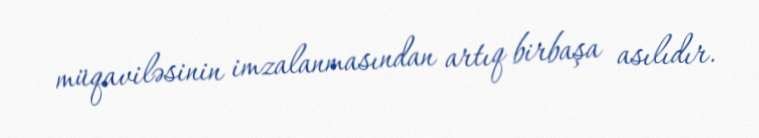
müqaviləsinin imzalanmasından artıq birbaşa asılıdır.